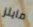
مايلز